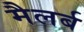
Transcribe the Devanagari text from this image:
मैलर्ब